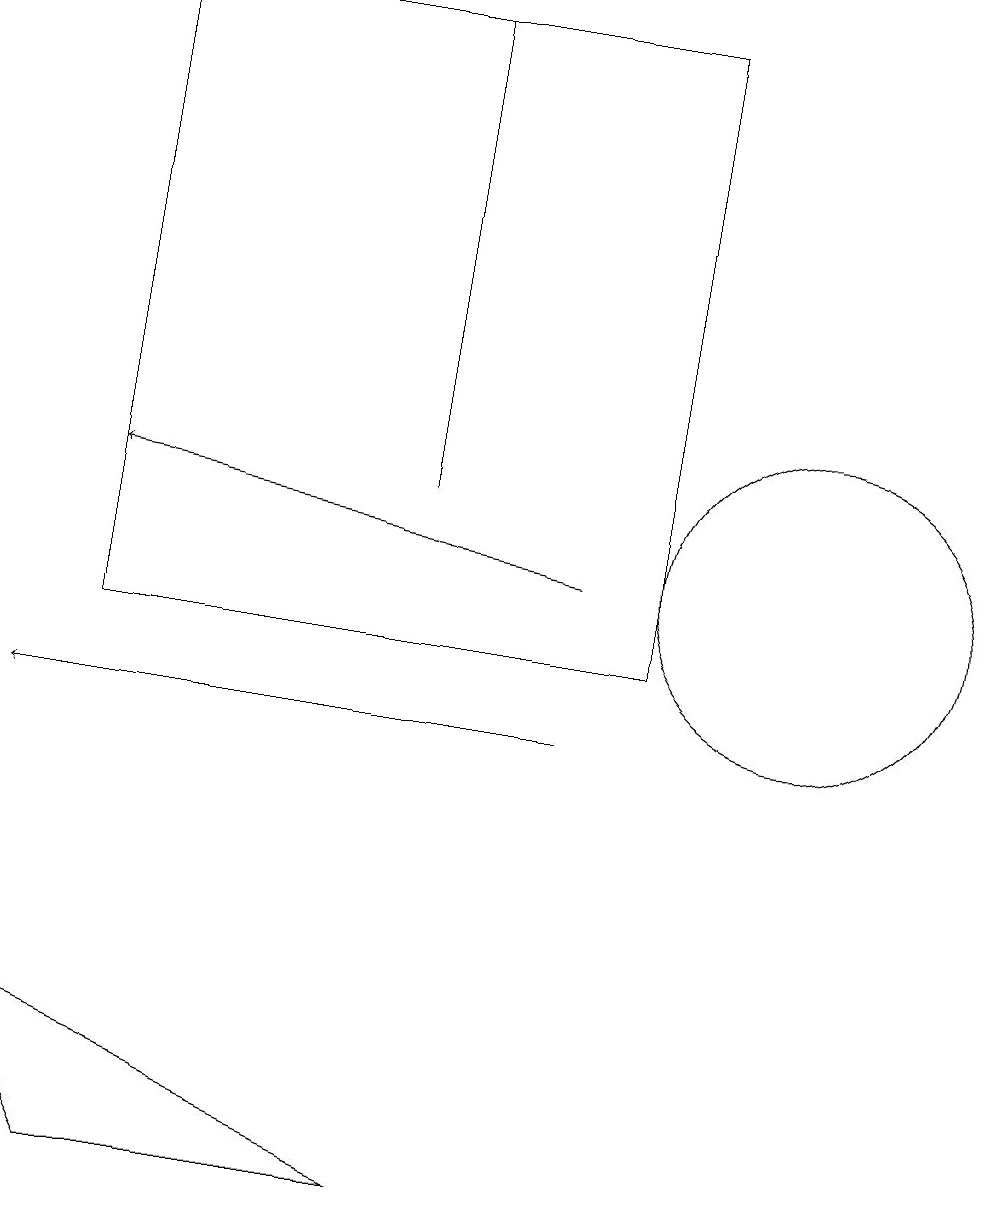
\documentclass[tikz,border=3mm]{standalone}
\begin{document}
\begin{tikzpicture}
\draw[->] (7,10) -- (0,10);
\draw[->] (7,12) -- (1,13);
\draw (5,13) rectangle (5,19);
\draw (0,6) -- (1,4) -- (5,4) -- cycle;
\draw (10,12) circle (2);
\draw (8,19) rectangle (1,11);
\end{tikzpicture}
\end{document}